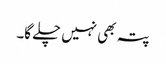
پتہ بھی نہیں چلے گا۔